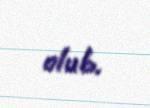
olub.